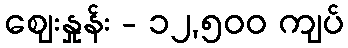
ဈေးနှုန်း - ၁၂,၅၀၀ ကျပ်